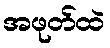
အဖုတ်ထဲ